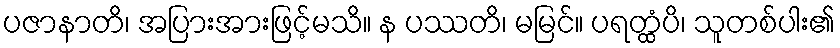
ပဇာနာတိ၊ အပြားအားဖြင့်မသိ။ န ပဿတိ၊ မမြင်။ ပရတ္ထံပိ၊ သူတစ်ပါး၏